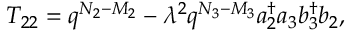
T _ { 2 2 } = q ^ { N _ { 2 } - M _ { 2 } } - \lambda ^ { 2 } q ^ { N _ { 3 } - M _ { 3 } } a _ { 2 } ^ { \dag } a _ { 3 } b _ { 3 } ^ { \dag } b _ { 2 } ,